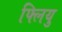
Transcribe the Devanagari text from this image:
फ्लियु